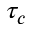
\tau _ { c }